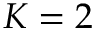
K = 2